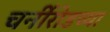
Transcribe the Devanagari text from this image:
चर्नीरोडच्या